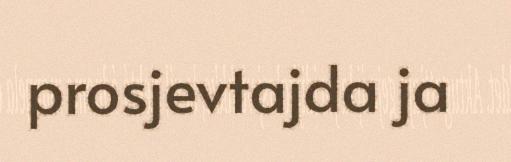
prosjevtajda ja